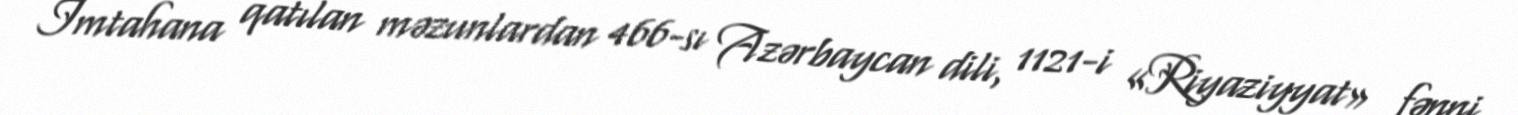
İmtahana qatılan məzunlardan 466-sı Azərbaycan dili, 1121-i «Riyaziyyat» fənni